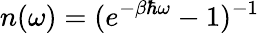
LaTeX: n(\omega)=(e^{-\beta\hbar\omega}-1)^{-1}